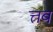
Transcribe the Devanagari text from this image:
त्तब